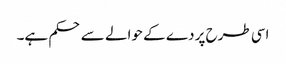
اسی طرح پردے کے حوالے سے حکم ہے۔